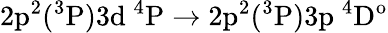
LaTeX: \mathrm{2p^{2}(^{3}P)3d~^{4}P\rightarrow 2p^{2}(^{3}P)3p~^{4}D^{o}}